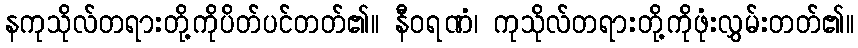
နကုသိုလ်တရားတို့ကိုပိတ်ပင်တတ်၏။ နီဝရဏံ၊ ကုသိုလ်တရားတို့ကိုဖုံးလွှမ်းတတ်၏။